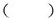
( )